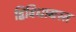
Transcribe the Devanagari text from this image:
द्विविधाग्रस्त